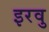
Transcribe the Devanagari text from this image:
इरवु